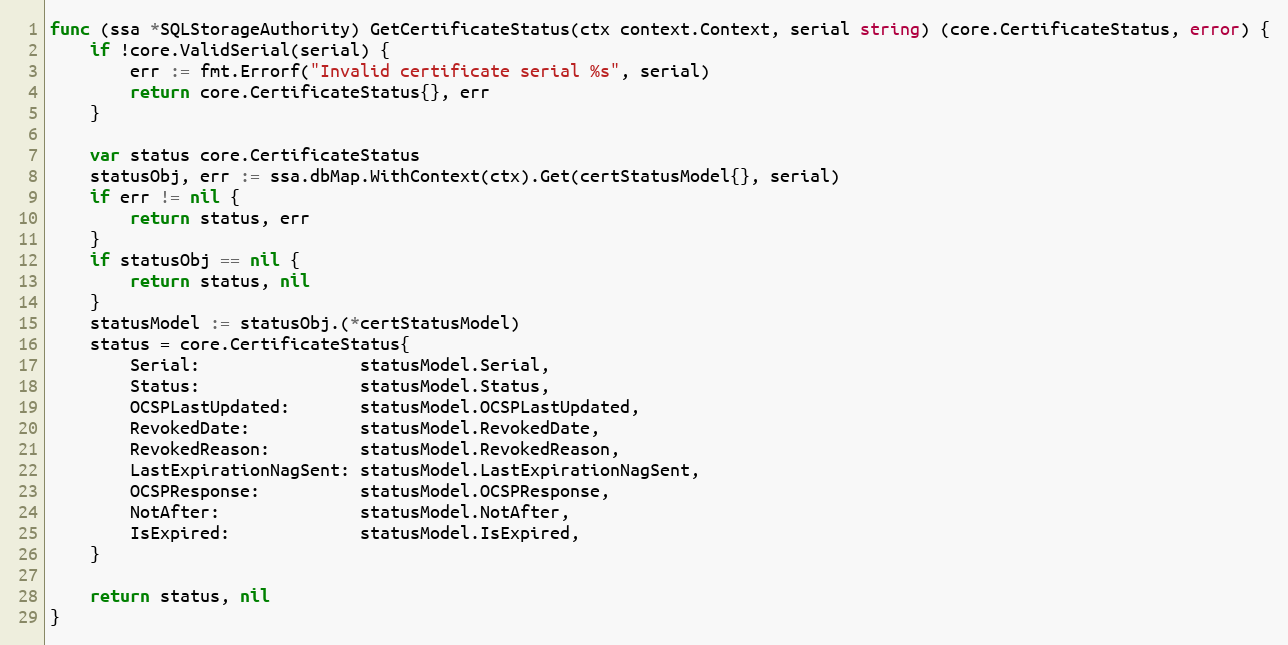
Language: Go
func (ssa *SQLStorageAuthority) GetCertificateStatus(ctx context.Context, serial string) (core.CertificateStatus, error) {
	if !core.ValidSerial(serial) {
		err := fmt.Errorf("Invalid certificate serial %s", serial)
		return core.CertificateStatus{}, err
	}

	var status core.CertificateStatus
	statusObj, err := ssa.dbMap.WithContext(ctx).Get(certStatusModel{}, serial)
	if err != nil {
		return status, err
	}
	if statusObj == nil {
		return status, nil
	}
	statusModel := statusObj.(*certStatusModel)
	status = core.CertificateStatus{
		Serial:                statusModel.Serial,
		Status:                statusModel.Status,
		OCSPLastUpdated:       statusModel.OCSPLastUpdated,
		RevokedDate:           statusModel.RevokedDate,
		RevokedReason:         statusModel.RevokedReason,
		LastExpirationNagSent: statusModel.LastExpirationNagSent,
		OCSPResponse:          statusModel.OCSPResponse,
		NotAfter:              statusModel.NotAfter,
		IsExpired:             statusModel.IsExpired,
	}

	return status, nil
}